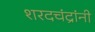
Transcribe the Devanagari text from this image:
शरदचंद्रांनी